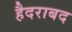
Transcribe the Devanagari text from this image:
हैदराबद